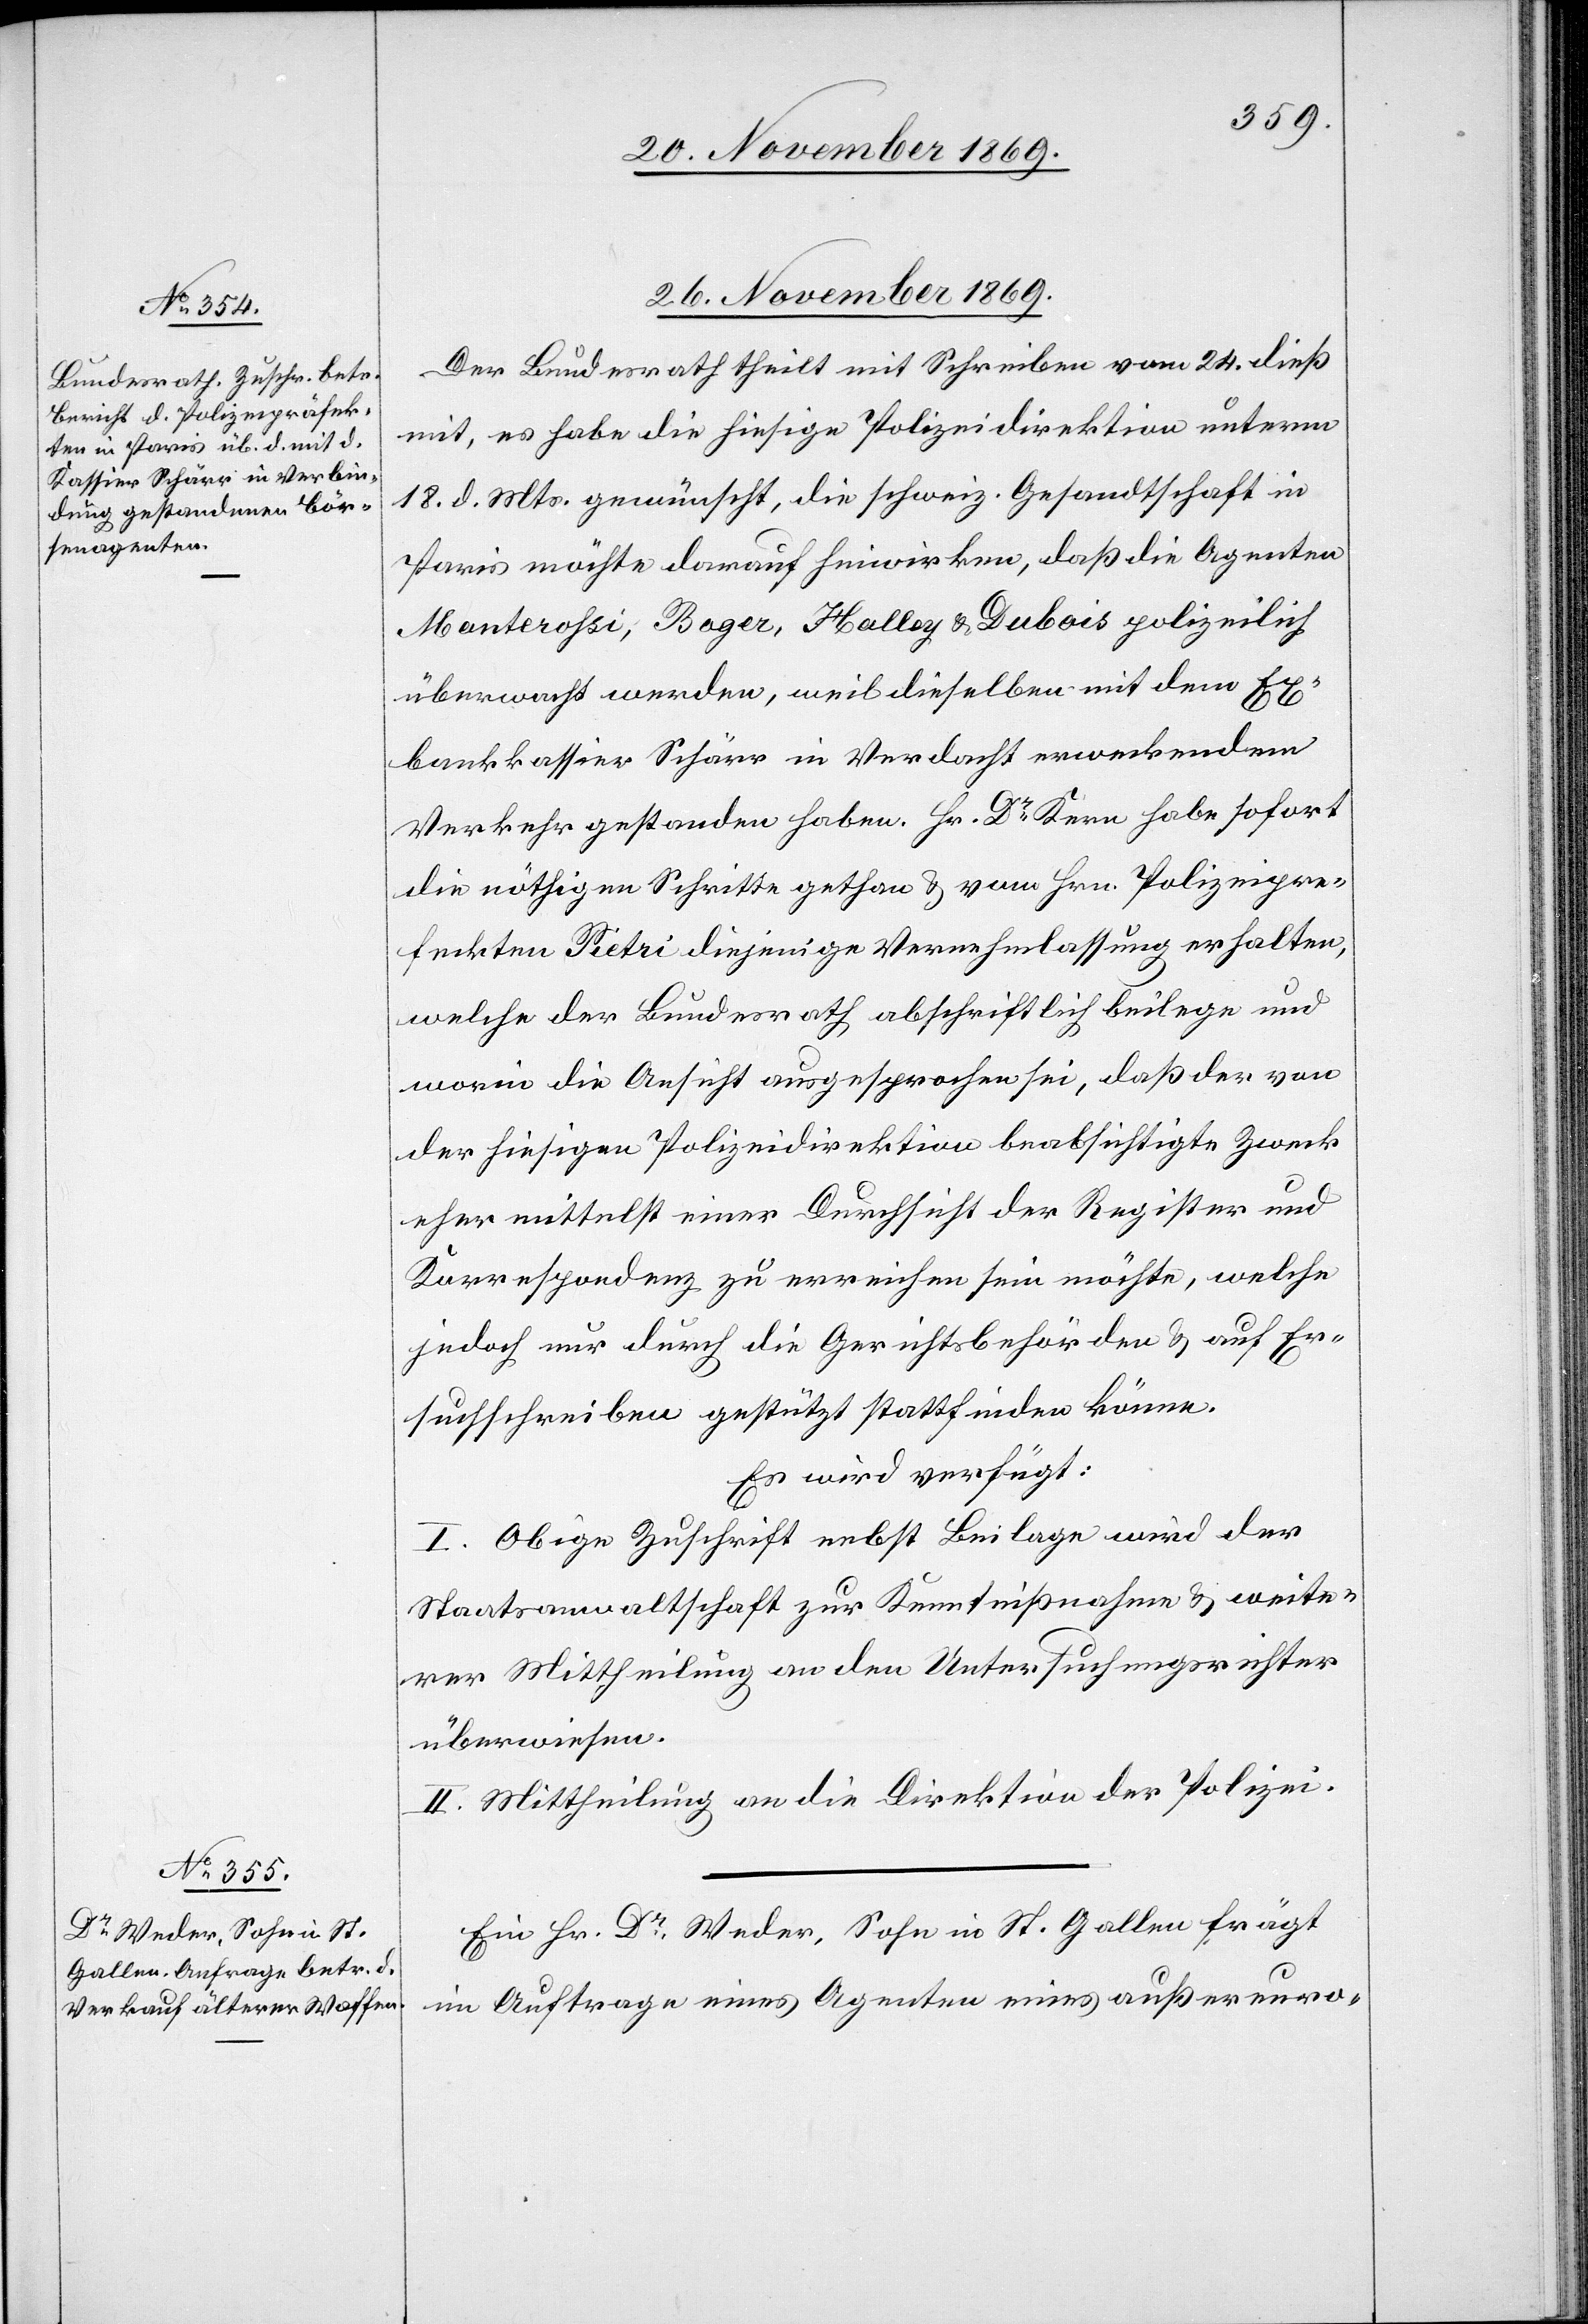
26. November 1869.]
Der Bundesrath theilt mit Schreiben vom 24. dieß
mit, es habe die hiesige Polizeidirektion unterm
18. d. Mts. gewünscht, die schweiz. Gesandtschaft in
Paris möchte darauf hinwirken, daß die Agenten
Manterossi, Bo[?y]er, Halley & Dubois polizeilich
überwacht werden, weil dieselben mit dem Ex¬
bankkassier Schärr in Verdacht erweckendem
Verkehr gestanden haben. Hr. Dr Kern habe sofort
die nöthigen Schritte gethan & vom Hrn. Polizeipre¬
feckten Pietri diejenige Vernehmlassung erhalten,
welche der Bundesrath abschriftlich beilege und
worin die Ansicht ausgesprochen sei, daß der von
der hiesigen Polizeidirektion beabsichtigte Zweck
eher mittelst einer Durchsicht der Register und
Korrespondenz zu erreichen sein möchte, welche
jedoch nur durch die Gerichtsbehörden & auf Er¬
suchschreiben gestützt stattfinden könne.
Es wird verfügt:
I. Obige Zuschrift nebst Beilage wird der
Staatsanwaltschaft zur Kenntnißnahme & weite¬
rer Mittheilung an den Untersuchungsrichter
überwiesen.
II. Mitheilung an die Direktion der Polizei.
Ein Hr. Dr Weder, Sohn in St. Gallen frägt
im Auftrage eines Agenten eines außereuro-